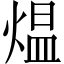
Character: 煴